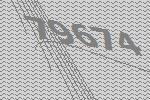
79674